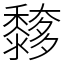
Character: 䵙